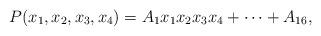
LaTeX: \begin{align*} P(x_1,x_2,x_3,x_4)=A_1x_1x_2x_3x_4+\cdots+A_{16},\end{align*}